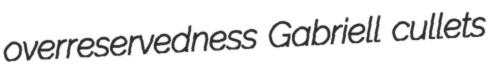
overreservedness Gabriell cullets